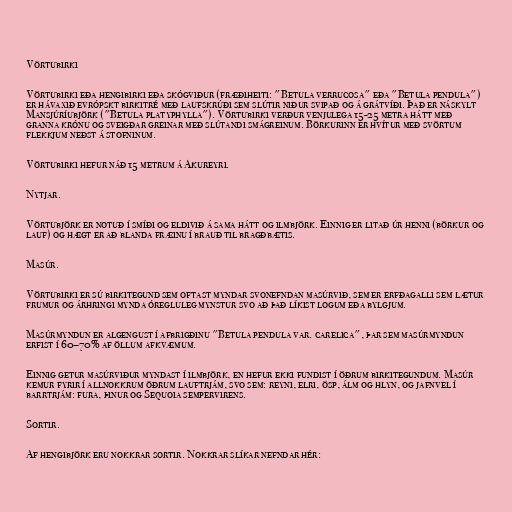
Vörtubirki

Vörtubirki eða hengibirki eða skógviður (fræðiheiti: "Betula verrucosa" eða "Betula pendula")
er hávaxið evrópskt birkitré með laufskrúði sem slútir niður svipað og á grátvíði. Það er náskylt
Mansjúríubjörk ("Betula platyphylla"). Vörtubirki verður venjulega 15-25 metra hátt með
granna krónu og sveigðar greinar með slútandi smágreinum. Börkurinn er hvítur með svörtum
flekkjum neðst á stofninum.

Vörtubirki hefur náð 15 metrum á Akureyri.

Nytjar.

Vörtubjörk er notuð í smíði og eldivið á sama hátt og ilmbjörk. Einnig er litað úr henni (börkur og
lauf) og hægt er að blanda fræinu í brauð til bragðbætis.

Masúr.

Vörtubirki er sú birkitegund sem oftast myndar svonefndan masúrvið, sem er erfðagalli sem lætur
frumur og árhringi mynda óregluleg mynstur svo að það líkist logum eða bylgjum.

Masúrmyndun er algengust í afbrigðinu "Betula pendula var. carelica", þar sem masúrmyndun
erfist í 60–70% af öllum afkvæmum.

Einnig getur masúrviður myndast í ilmbjörk, en hefur ekki fundist í öðrum birkitegundum. Masúr
kemur fyrir í allnokkrum öðrum lauftrjám, svo sem: reyni, elri, ösp, álm og hlyn, og jafnvel í
barrtrjám: fura, þinur og Sequoia sempervirens.

Sortir.

Af hengibjörk eru nokkrar sortir. Nokkrar slíkar nefndar hér: